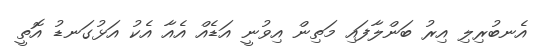
އެނބުރިލި އިރު ބަންލާފައި މަތިން އިވުނީ އަޑެއް އެއާ އެކު އަޅުގަނޑު އޮތީ